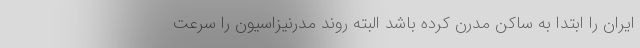
ایران را ابتدا به ساکن مدرن کرده باشد البته روند مدرنیزاسیون را سرعت